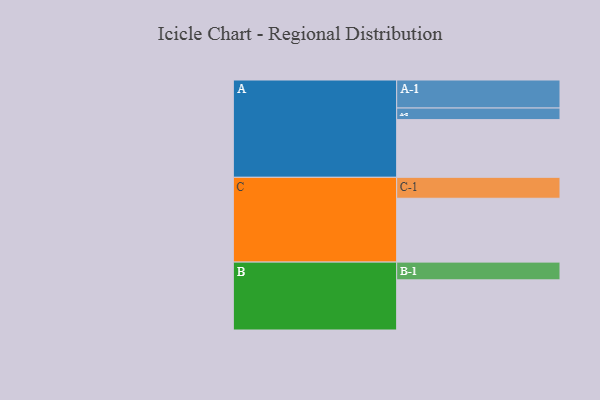
{"axis": {"x": "Segment", "y": "Value"}, "legend": ["", "A", "B", "C"], "data": [{"x": "A", "y": 488, "type": ""}, {"x": "B", "y": 424, "type": ""}, {"x": "C", "y": 540, "type": ""}, {"x": "A-1", "y": 237, "type": "A"}, {"x": "A-2", "y": 98, "type": "A"}, {"x": "B-1", "y": 150, "type": "B"}, {"x": "C-1", "y": 177, "type": "C"}]}